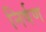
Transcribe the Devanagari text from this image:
निर्षण